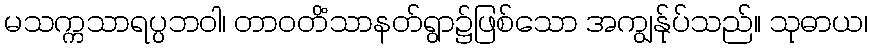
မသက္ကသာရပ္ပဘဝါ၊ တာဝတိံသာနတ်ရွာ၌ဖြစ်သော အကျွန်ုပ်သည်။ သုဓာယ၊